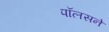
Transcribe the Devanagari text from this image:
पॉलसने